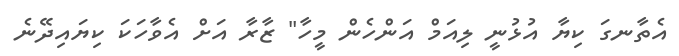
އެތާނގަ ކިޔާ އުޅުނީ ލިއަމް އަންހެން މީހާ" ޒާރާ އަށް އެވާހަކަ ކިޔައިދޭނެ